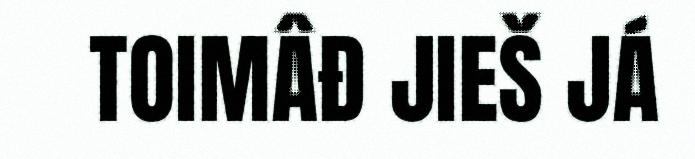
TOIMÂĐ JIEŠ JÁ